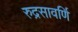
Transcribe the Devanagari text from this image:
रुद्रसावर्णि